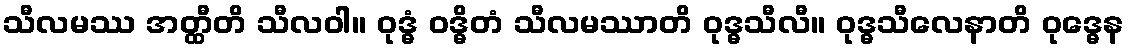
သီလမဿ အတ္ထီတိ သီလဝါ။ ဝုဒ္ဓံ ဝဒ္ဓိတံ သီလမဿာတိ ဝုဒ္ဓသီလီ။ ဝုဒ္ဓသီလေနာတိ ဝုဒ္ဓေန